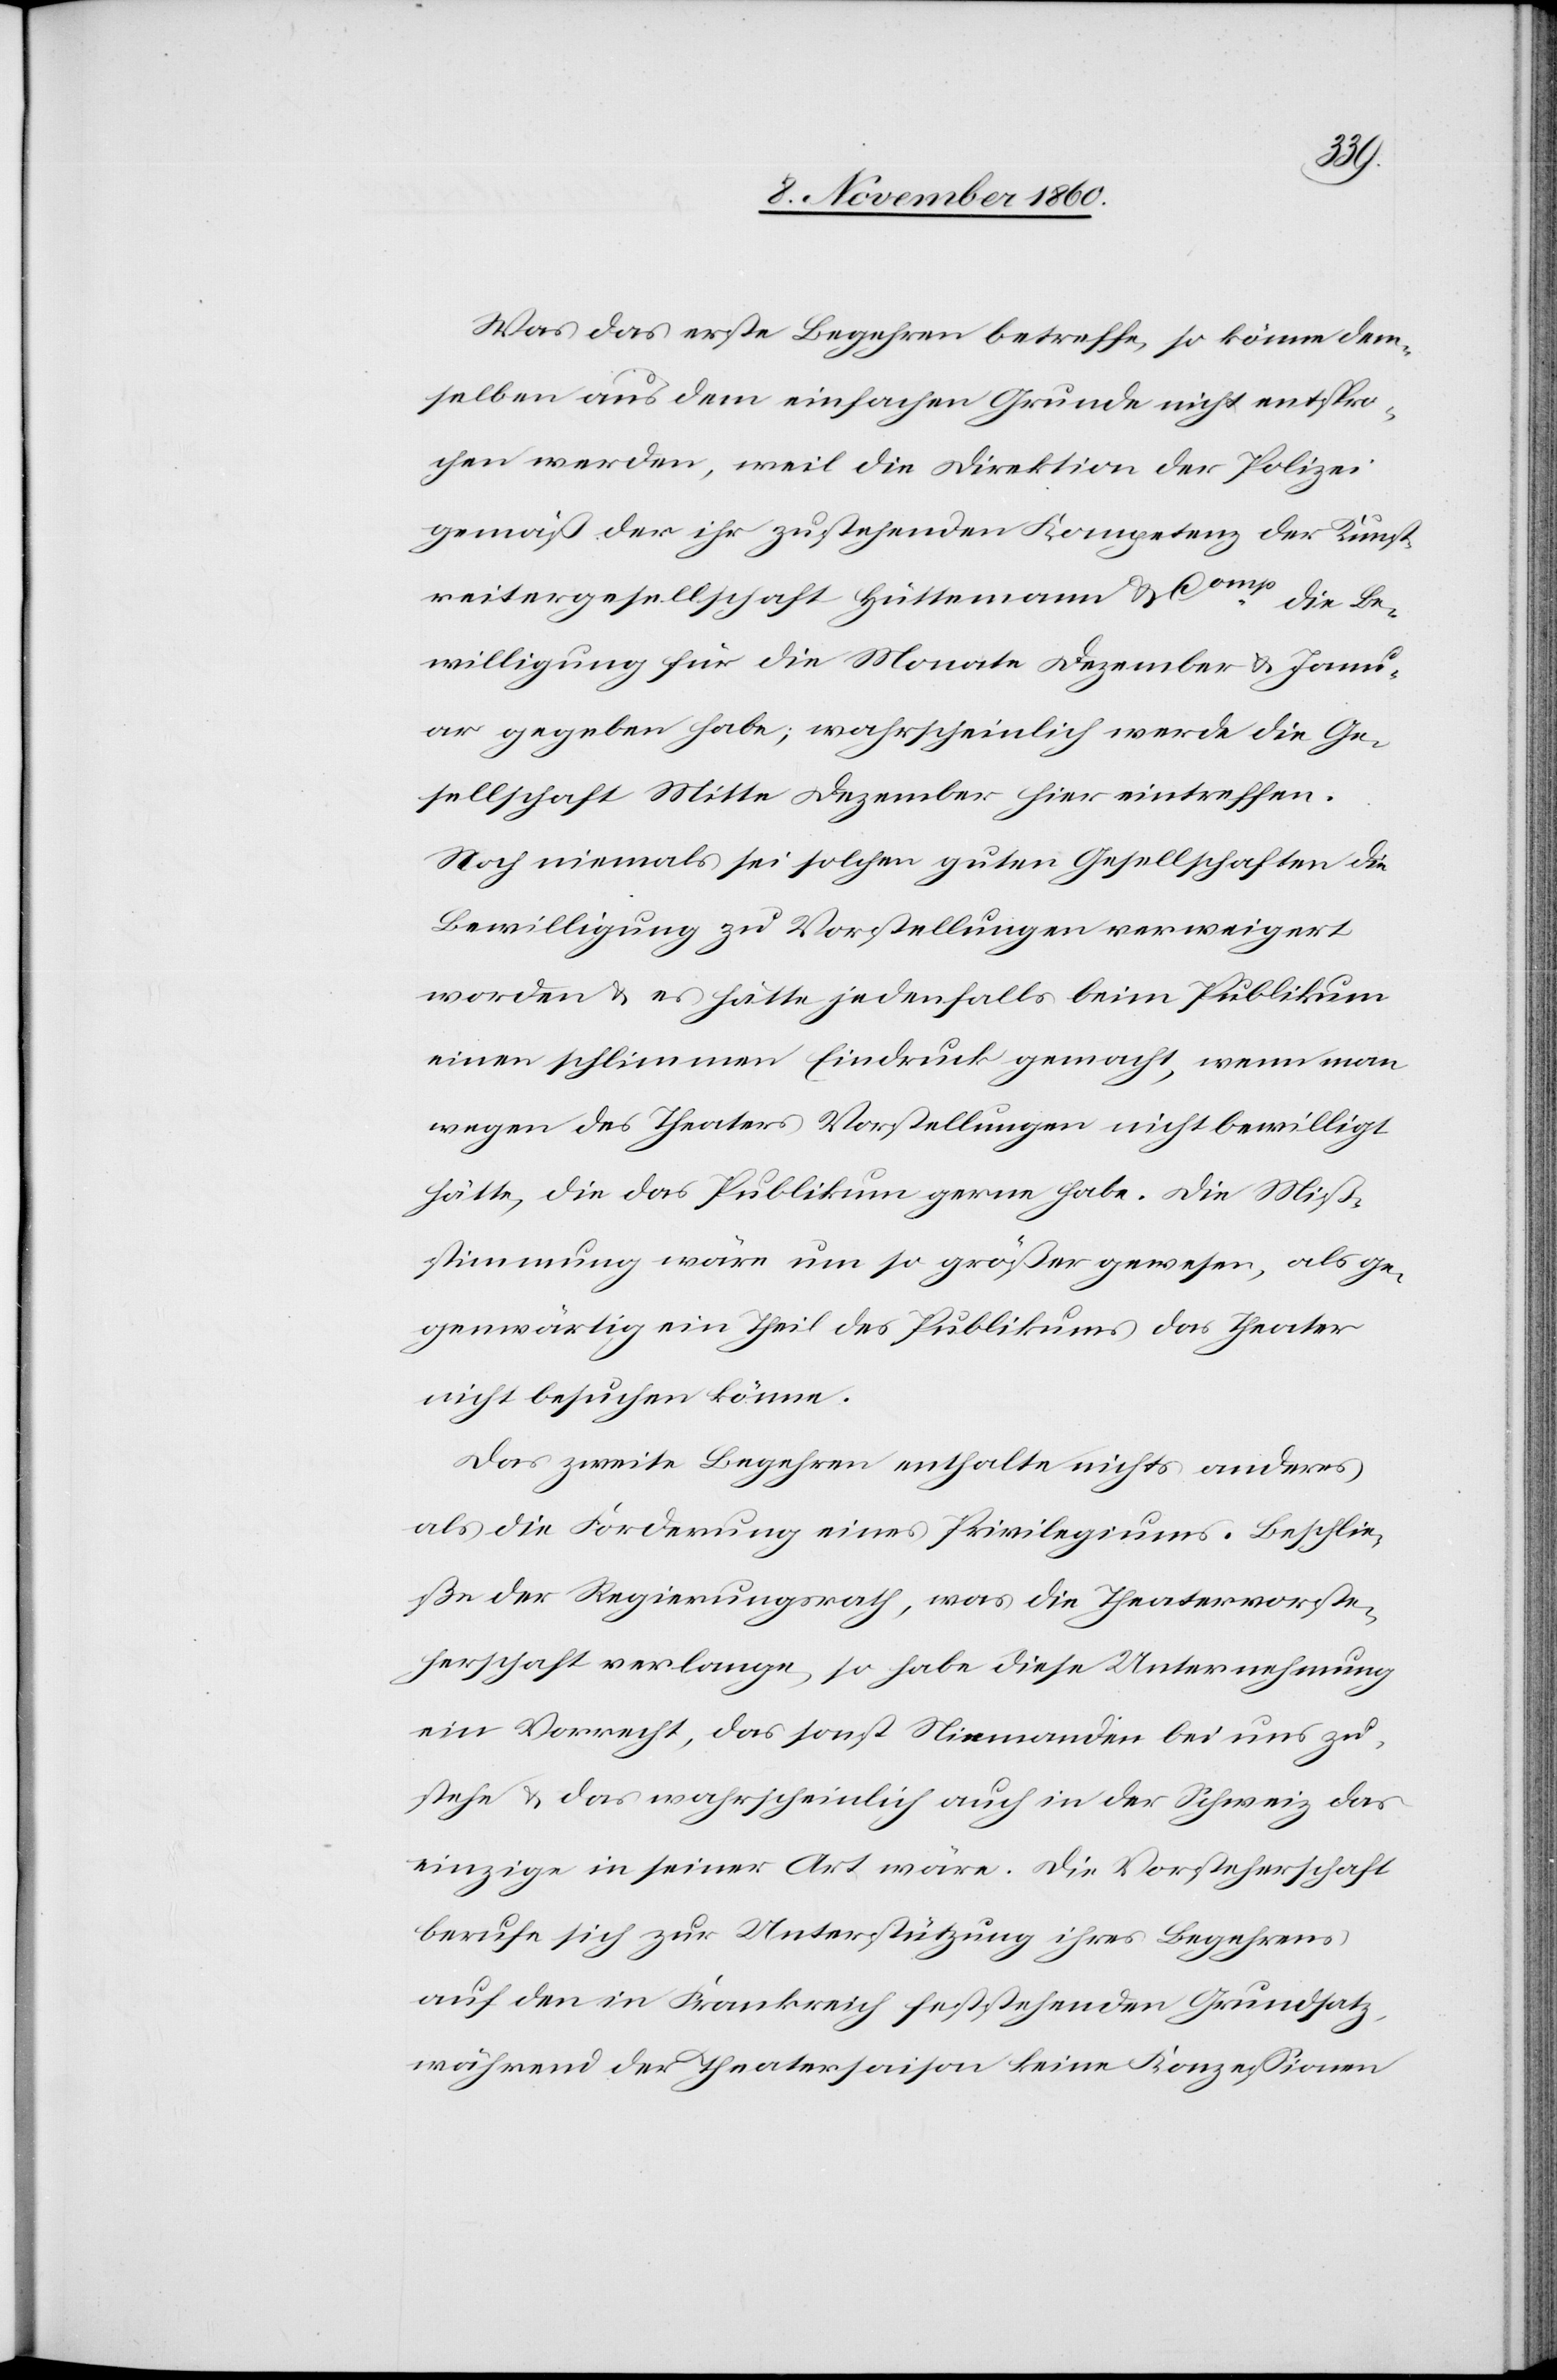
Was das erste Begehren betreffe, so könne dem¬
selben aus dem einfachen Grunde nicht entspro¬
chen werden, weil die Direktion der Polizei
gemäß der ihr zustehenden Kompetenz der Kunst¬
reitergesellschaft Hüttemann & Comp
die Be¬
willigung für die Monate Dezember u. Janu¬
ar gegeben habe; wahrscheinlich werde die Ge¬
sellschaft Mitte Dezember hier eintreffen.
Noch niemals sei solchen guten Gesellschaften die
Bewilligung zu Vorstellungen verweigert
worden u. es hätte jedenfalls beim Publikum
einen schlimmen Eindruck gemacht, wenn man
wegen des Theaters Vorstellungen nicht bewilligt
hätte, die das Publikum gerne habe. Die Miß¬
stimmung wäre um so größer gewesen, als ge¬
genwärtig ein Theil des Publikums das Theater
nicht besuchen könne.
Das zweite Begehren enthalte nichts anderes
als die Forderung eines Privilegiums. Beschlie¬
ße der Regierungsrath, was die Theatervorste¬
herschaft verlange, so habe diese Unternehmung
ein Vorrecht, das sonst Niemandem bei uns zu¬
stehe u. das wahrscheinlich auch in der Schweiz das
einzige in seine Art wäre. Die Vorsteherschaft
berufe sich zur Unterstützung ihres Begehrens
auf den in Frankreich feststehenden Grundsatz,
während der Theatersaison keine Konzessionen